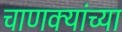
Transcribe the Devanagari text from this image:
चाणक्यांच्या